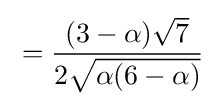
{}={\frac {(3-\alpha ){\sqrt {7}}}{2{\sqrt {\alpha (6-\alpha )}}}}